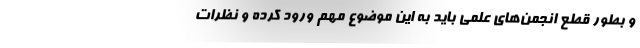
و بطور قطع انجمن‌های علمی باید به این موضوع مهم ورود کرده و نظرات